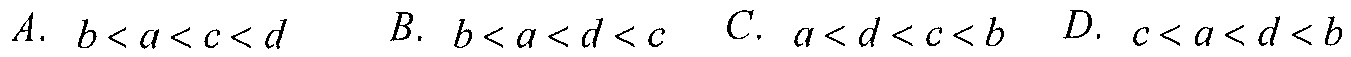
A. \(b < a < c < d\)  B. \(b < a < d < c\)  C. \(a < d < c < b\)  D. \(c < a < d < b\)